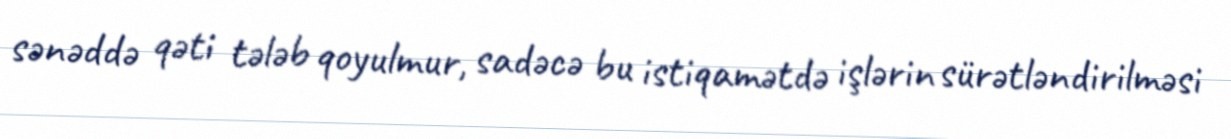
sənəddə qəti tələb qoyulmur, sadəcə bu istiqamətdə işlərin sürətləndirilməsi